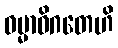
ဓမ္မာဓိဂတေဟိ